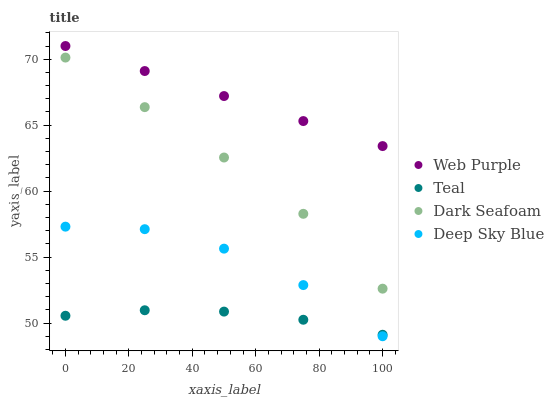
| xaxis_label | Web Purple | Teal | Dark Seafoam | Deep Sky Blue |
 | --- | --- | --- | --- | --- |
 | 0 | 71 | 50.6 | 70.1 | 57.3 |
 | 25 | 69.1 | 51 | 66.4 | 57.1 |
 | 50 | 67.2 | 50.9 | 62.5 | 55.6 |
 | 75 | 65.3 | 50.3 | 58.3 | 52.9 |
 | 100 | 63.4 | 49.1 | 52.6 | 49 |